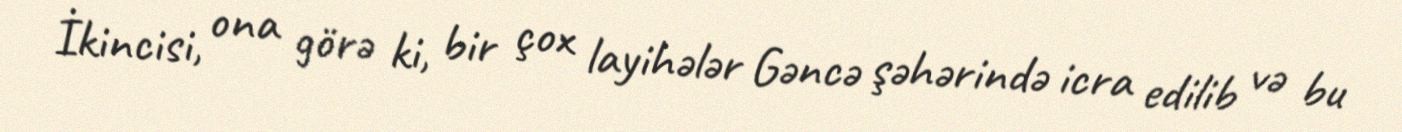
İkincisi, ona görə ki, bir çox layihələr Gəncə şəhərində icra edilib və bu